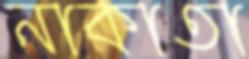
নাকাতা